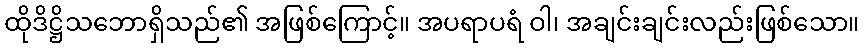
ထိုဒိဋ္ဌိသဘောရှိသည်၏ အဖြစ်ကြောင့်။ အပရာပရံ ဝါ၊ အချင်းချင်းလည်းဖြစ်သော။